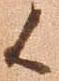
候